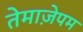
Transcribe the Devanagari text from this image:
तेमाज़ेपम